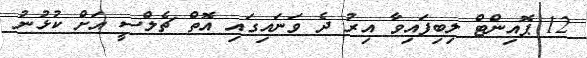
12 ޕޮއިންޓް ލިބިފައިވާ އިރު ދެ ވަނައިގައި އޮތް ޗެލްސީ އަށް ކުޅުނު